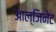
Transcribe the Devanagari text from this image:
आल्जिनेट